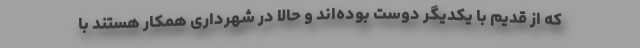
که از قدیم با یکدیگر دوست بوده‌اند و حالا در شهرداری همکار هستند با